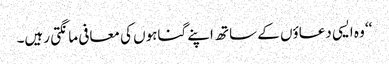
‘‘ وہ ایسی دعاؤں کے ساتھ اپنے گناہوں کی معافی مانگتی رہیں۔